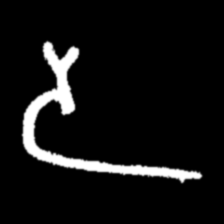
Pyu character \u2014 Myanmar letter: ဒ (romanized: da)